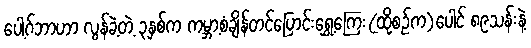
ပေါ့ဂ်ဘာဟာ လွန်ခဲ့တဲ့ ၃နှစ်က ကမ္ဘာ့စံချိန်တင်ပြောင်းရွှေ့ကြေး(ထိုစဉ်က)ပေါင် ၈၉သန်းနဲ့